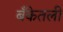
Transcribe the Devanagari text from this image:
बँकेतली